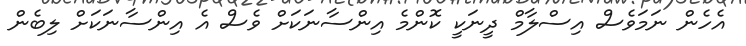
އެހެން ނަމަވެސް އިސްލާމް ދީނަކީ ކޮންމެ އިންސާނަކަށް ވެސް އެ އިންސާނަކަށް ލިބެން